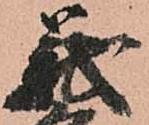
義